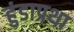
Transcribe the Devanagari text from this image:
हुंडाप्रथा